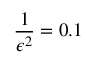
\frac { 1 } { \epsilon ^ { 2 } } = 0 . 1